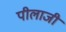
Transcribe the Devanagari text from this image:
पीलाजी